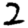
Digit: 2